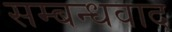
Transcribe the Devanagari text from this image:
सम्बन्धवाद